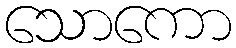
သောကော